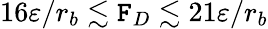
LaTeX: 16\varepsilon/r_{b}\lesssim\mathtt{F}_{D}\lesssim21\varepsilon/r_{b}